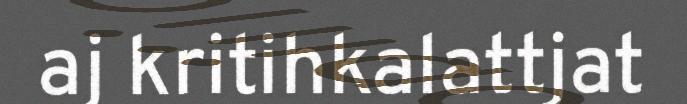
aj kritihkalattjat